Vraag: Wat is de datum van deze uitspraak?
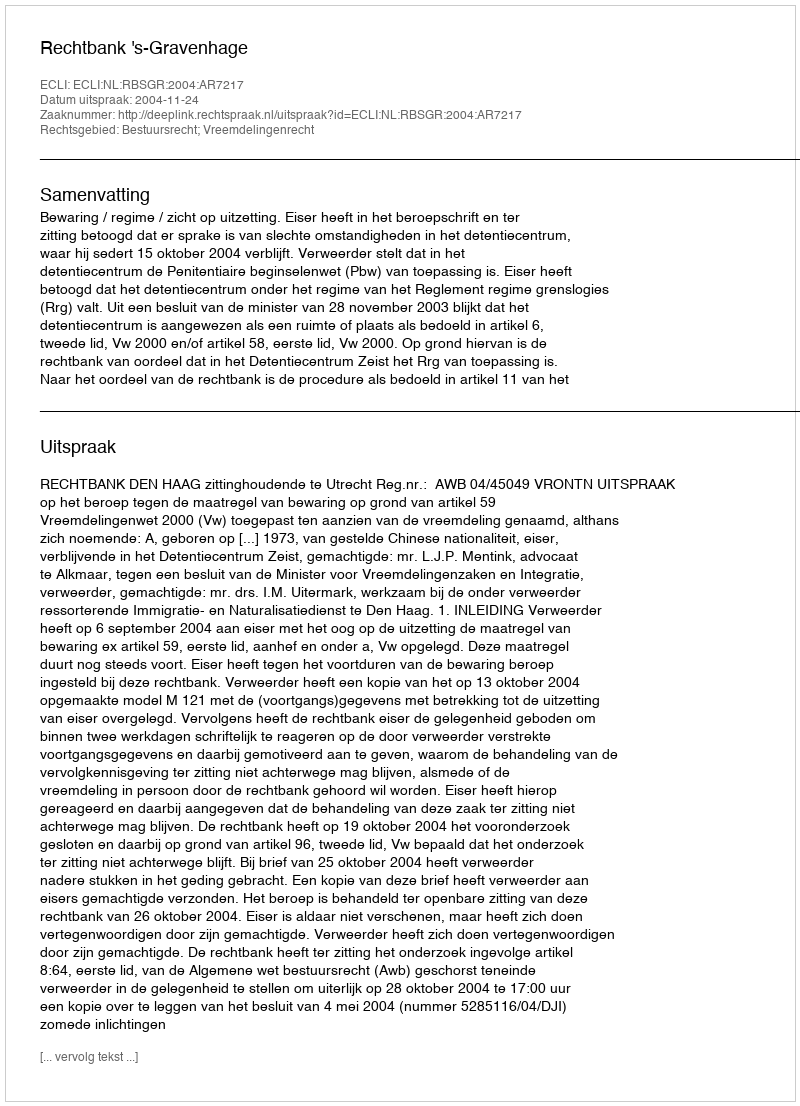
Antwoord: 2004-11-24